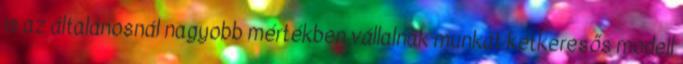
is az általánosnál nagyobb mértékben vállalnak munkát kétkeresős modell